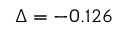
\Delta = - 0 . 1 2 6